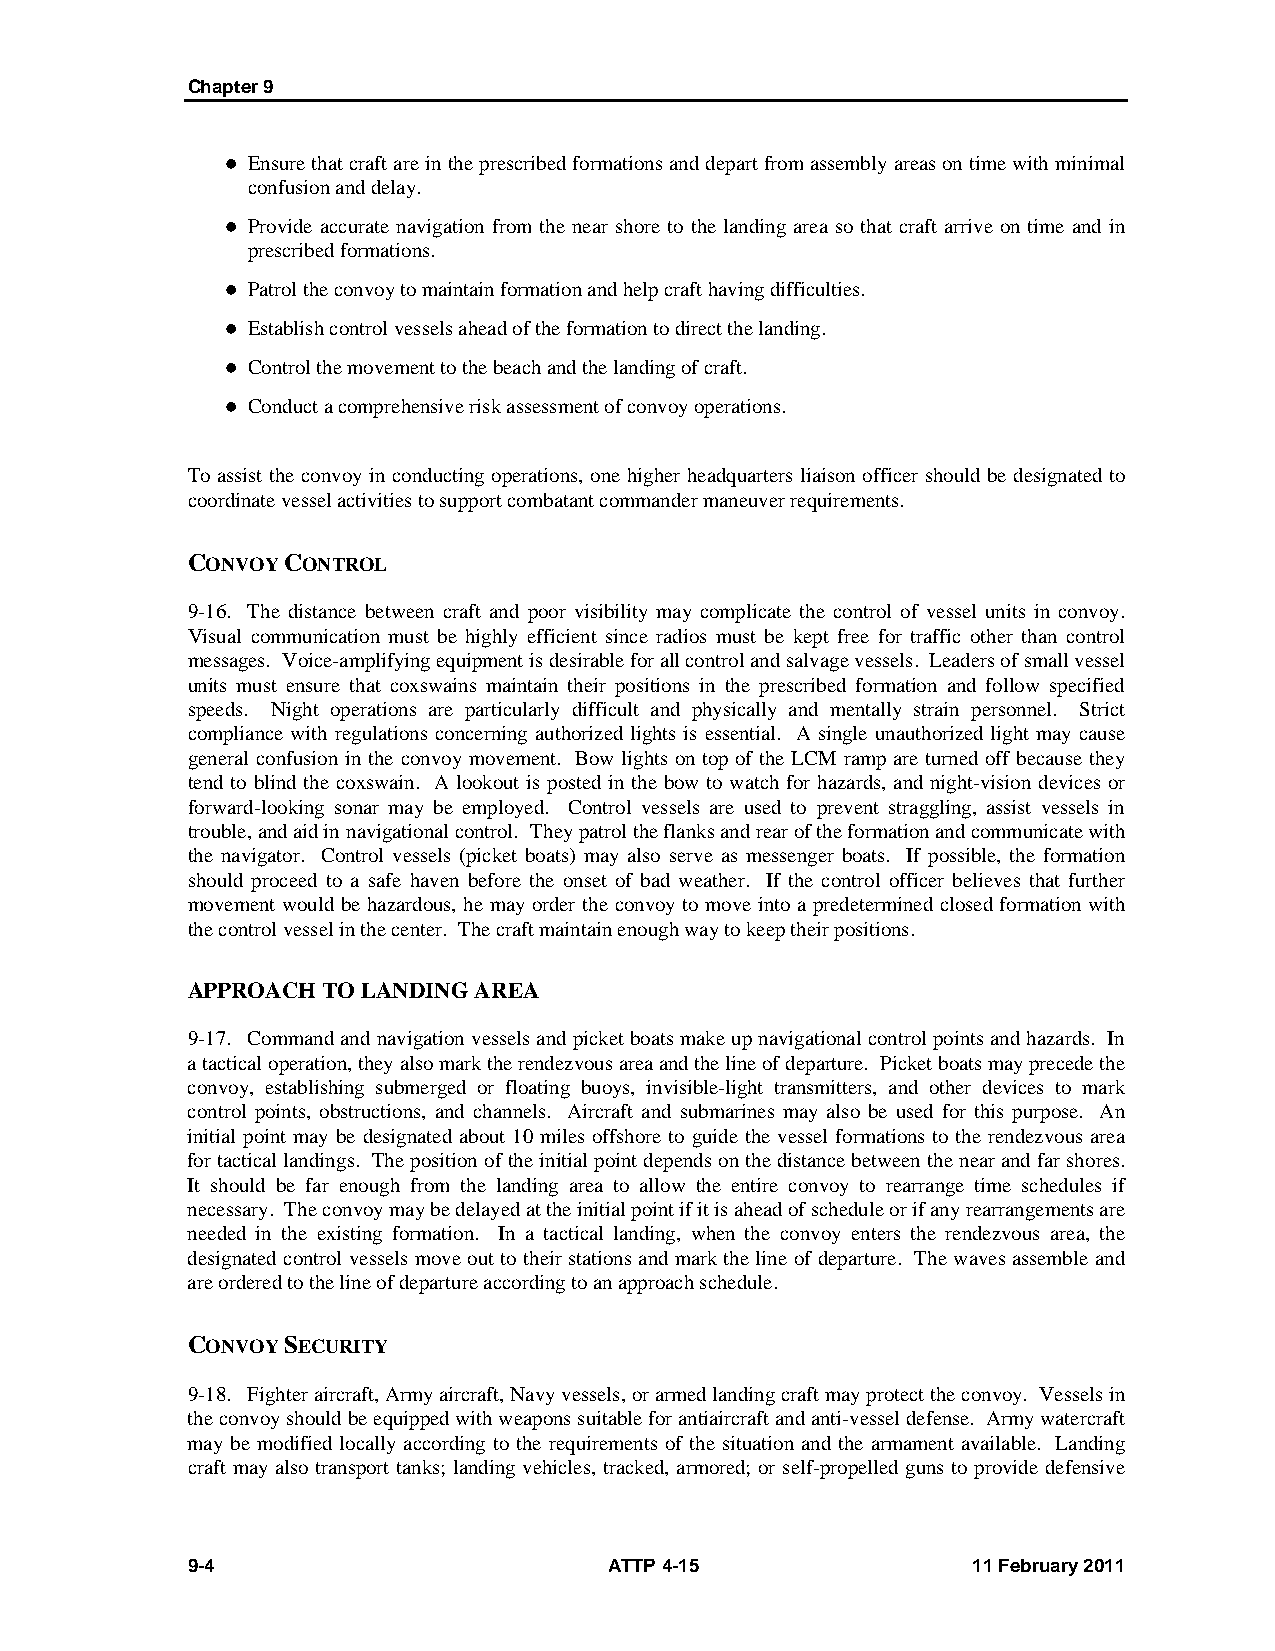
Chapter 9
  Ensure that craft are in the prescribed formations and depart from assembly areas on time with minimal
 confusion and delay.
  Provide accurate navigation from the near shore to the landing area so that craft arrive on time and in
 prescribed formations.
  Patrol the convoy to maintain formation and help craft having difficulties.
  Establish control vessels ahead of the formation to direct the landing.
  Control the movement to the beach and the landing of craft.
  Conduct a comprehensive risk assessment of convoy operations.
 To assist the convoy in conducting operations, one higher headquarters liaison officer should be designated to
 coordinate vessel activities to support combatant commander maneuver requirements.
 CONVOY CONTROL
 9-16. The distance between craft and poor visibility may complicate the control of vessel units in convoy.
 Visual communication must be highly efficient since radios must be kept free for traffic other than control
 messages. Voice-amplifying equipment is desirable for all control and salvage vessels. Leaders of small vessel
 units must ensure that coxswains maintain their positions in the prescribed formation and follow specified
 speeds. Night operations are particularly difficult and physically and mentally strain personnel. Strict
 compliance with regulations concerning authorized lights is essential. A single unauthorized light may cause
 general confusion in the convoy movement. Bow lights on top of the LCM ramp are turned off because they
 tend to blind the coxswain. A lookout is posted in the bow to watch for hazards, and night-vision devices or
 forward-looking sonar may be employed. Control vessels are used to prevent straggling, assist vessels in
 trouble, and aid in navigational control. They patrol the flanks and rear of the formation and communicate with
 the navigator. Control vessels (picket boats) may also serve as messenger boats. If possible, the formation
 should proceed to a safe haven before the onset of bad weather. If the control officer believes that further
 movement would be hazardous, he may order the convoy to move into a predetermined closed formation with
 the control vessel in the center. The craft maintain enough way to keep their positions.
 APPROACH TO LANDING AREA
 9-17. Command and navigation vessels and picket boats make up navigational control points and hazards. In
 a tactical operation, they also mark the rendezvous area and the line of departure. Picket boats may precede the
 convoy, establishing submerged or floating buoys, invisible-light transmitters, and other devices to mark
 control points, obstructions, and channels. Aircraft and submarines may also be used for this purpose. An
 initial point may be designated about 10 miles offshore to guide the vessel formations to the rendezvous area
 for tactical landings. The position of the initial point depends on the distance between the near and far shores.
 It should be far enough from the landing area to allow the entire convoy to rearrange time schedules if
 necessary. The convoy may be delayed at the initial point if it is ahead of schedule or if any rearrangements are
 needed in the existing formation. In a tactical landing, when the convoy enters the rendezvous area, the
 designated control vessels move out to their stations and mark the line of departure. The waves assemble and
 are ordered to the line of departure according to an approach schedule.
 CONVOY SECURITY
 9-18. Fighter aircraft, Army aircraft, Navy vessels, or armed landing craft may protect the convoy. Vessels in
 the convoy should be equipped with weapons suitable for antiaircraft and anti-vessel defense. Army watercraft
 may be modified locally according to the requirements of the situation and the armament available. Landing
 craft may also transport tanks; landing vehicles, tracked, armored; or self-propelled guns to provide defensive
 9-4                         ATTP 4-15               11 February 2011